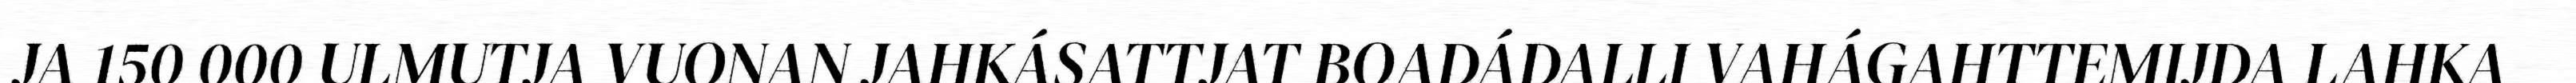
JA 150 000 ULMUTJA VUONAN JAHKÁSATTJAT BOADÁDALLI VAHÁGAHTTEMIJDA LAHKA